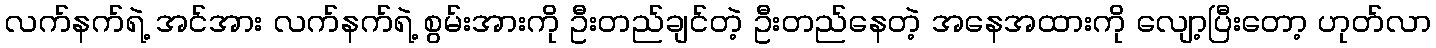
လက်နက်ရဲ့ အင်အား လက်နက်ရဲ့ စွမ်းအားကို ဦးတည်ချင်တဲ့ ဦးတည်နေတဲ့ အနေအထားကို လျော့ပြီးတော့ ဟုတ်လာ